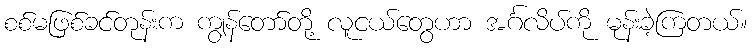
စစ်မဖြစ်ခင်တုန်းက ကျွန်တော်တို့ လူငယ်တွေဟာ အင်္ဂလိပ်ကို မုန်းခဲ့ကြတယ်။